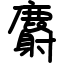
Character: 麝